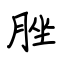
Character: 脞